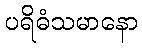
ပရိဓံသမာနော